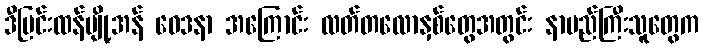
ဒီပြင်းထန်ပျို့အန် ဝေဒနာ အကြောင်း လတ်တလောနှစ်တွေအတွင်း နာမည်ကြီးသူတွေက